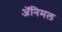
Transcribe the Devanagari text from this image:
अॅनिमल